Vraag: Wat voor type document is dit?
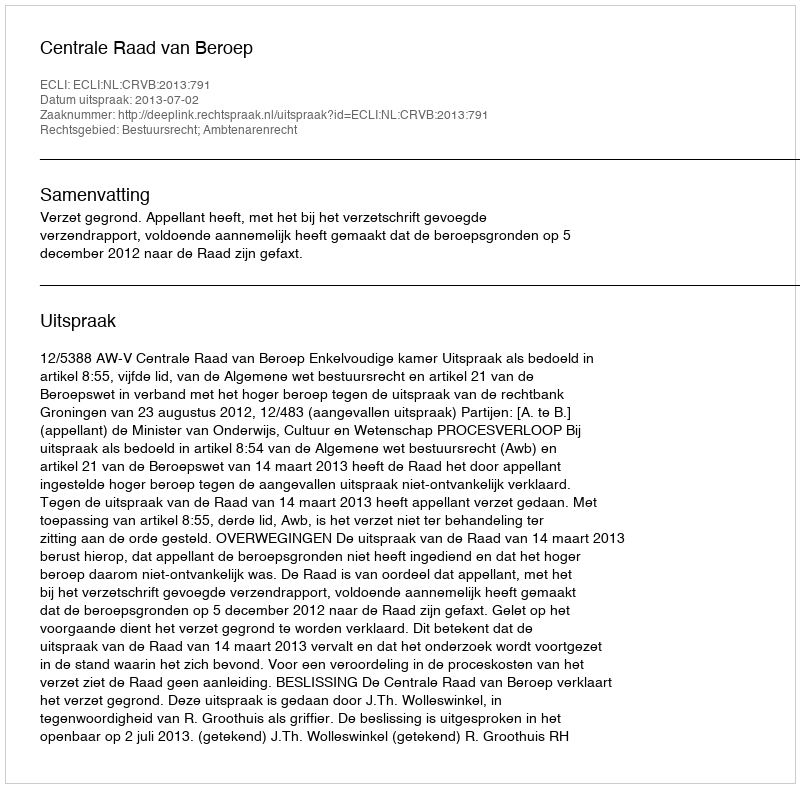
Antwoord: Uitspraak